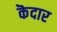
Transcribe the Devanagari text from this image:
कॆदार